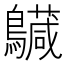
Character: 𪇅